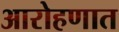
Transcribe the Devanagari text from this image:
आरोहणात